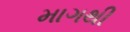
માગથી